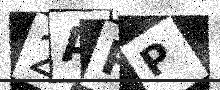
Text: 2ARP